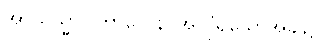
အာယသ္မာ။ ကာလေန၊ အလိုရှိသောအခါ၌။